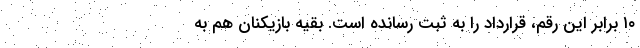
۱۰ برابر این رقم، قرارداد را به ثبت رسانده است. بقیه بازیکنان هم به